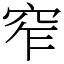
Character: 窄